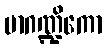
မာဂဏ္ဍိကော